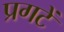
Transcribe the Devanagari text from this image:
प्रगटें